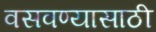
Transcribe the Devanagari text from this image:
वसवण्यासाठी